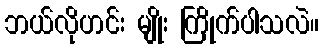
ဘယ်လိုဟင်း မျိုး ကြိုက်ပါသလဲ။